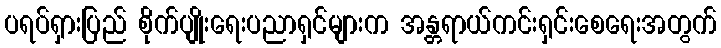
ပရပ်ရှားပြည် စိုက်ပျိုးရေးပညာရှင်များက အန္တရာယ်ကင်းရှင်းစေရေးအတွက်